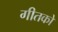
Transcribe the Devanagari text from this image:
गीतको